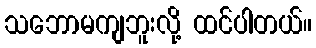
သဘောမကျဘူးလို့ ထင်ပါတယ်။